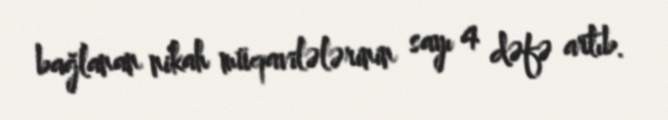
bağlanan nikah müqavilələrinin sayı 4 dəfə artıb.